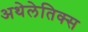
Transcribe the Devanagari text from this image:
अथेलेतिक्स